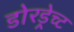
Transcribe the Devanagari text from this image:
डोरड्रेच्ट